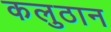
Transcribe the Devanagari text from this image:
कलुठान